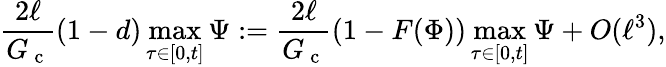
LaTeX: \frac{2\ell}{G_{\mathrm{~c~}}}(1-d)\operatorname*{max}_{\tau\in[0,t]}\Psi:=\frac{2\ell}{G_{\mathrm{~c~}}}(1-F(\Phi))\operatorname*{max}_{\tau\in[0,t]}\Psi+O(\ell^{3}),